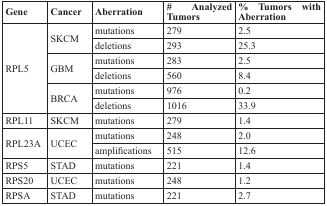
| Gene | Cancer | Aberration | # Analyzed Tumors | % Tumors with Aberration |
 | --- | --- | --- | --- | --- |
 | <ROWSPAN=6> RPL5 | <ROWSPAN=2> SKCM | mutations | 279 | 2.5 |
 | deletions | 293 | 25.3 |
 | <ROWSPAN=2> GBM | mutations | 283 | 2.5 |
 | deletions | 560 | 8.4 |
 | <ROWSPAN=2> BRCA | mutations | 976 | 0.2 |
 | deletions | 1016 | 33.9 |
 | RPL11 | SKCM | mutations | 279 | 1.4 |
 | <ROWSPAN=2> RPL23A | <ROWSPAN=2> UCEC | mutations | 248 | 2.0 |
 | amplifications | 515 | 12.6 |
 | RPS5 | STAD | mutations | 221 | 1.4 |
 | RPS20 | UCEC | mutations | 248 | 1.2 |
 | RPSA | STAD | mutations | 221 | 2.7 |